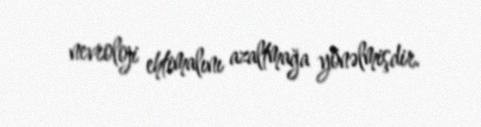
nevroloji ehtimalını azaltmağa yönəlmişdir.